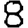
Digit: 8